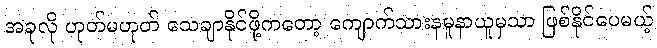
အခုလို ဟုတ်မဟုတ် သေချာနိုင်ဖို့ကတော့ ကျောက်သားနမူနာယူမှသာ ဖြစ်နိုင်ပေမယ့်